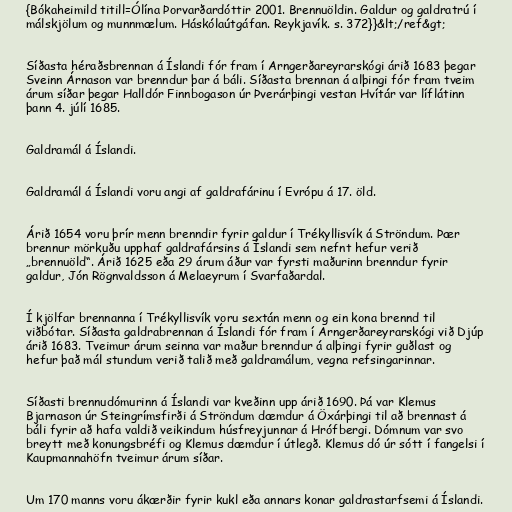
{Bókaheimild titill=Ólína Þorvarðardóttir 2001. Brennuöldin. Galdur og galdratrú í
málskjölum og munnmælum. Háskólaútgáfan. Reykjavík. s. 372}}&lt;/ref&gt;

Síðasta héraðsbrennan á Íslandi fór fram í Arngerðareyrarskógi árið 1683 þegar
Sveinn Árnason var brenndur þar á báli. Síðasta brennan á alþingi fór fram tveim
árum síðar þegar Halldór Finnbogason úr Þverárþingi vestan Hvítár var líflátinn
þann 4. júlí 1685.

Galdramál á Íslandi.

Galdramál á Íslandi voru angi af galdrafárinu í Evrópu á 17. öld.

Árið 1654 voru þrír menn brenndir fyrir galdur í Trékyllisvík á Ströndum. Þær
brennur mörkuðu upphaf galdrafársins á Íslandi sem nefnt hefur verið
„brennuöld“. Árið 1625 eða 29 árum áður var fyrsti maðurinn brenndur fyrir
galdur, Jón Rögnvaldsson á Melaeyrum í Svarfaðardal.

Í kjölfar brennanna í Trékyllisvík voru sextán menn og ein kona brennd til
viðbótar. Síðasta galdrabrennan á Íslandi fór fram í Arngerðareyrarskógi við Djúp
árið 1683. Tveimur árum seinna var maður brenndur á alþingi fyrir guðlast og
hefur það mál stundum verið talið með galdramálum, vegna refsingarinnar.

Síðasti brennudómurinn á Íslandi var kveðinn upp árið 1690. Þá var Klemus
Bjarnason úr Steingrímsfirði á Ströndum dæmdur á Öxárþingi til að brennast á
báli fyrir að hafa valdið veikindum húsfreyjunnar á Hrófbergi. Dómnum var svo
breytt með konungsbréfi og Klemus dæmdur í útlegð. Klemus dó úr sótt í fangelsi í
Kaupmannahöfn tveimur árum síðar.

Um 170 manns voru ákærðir fyrir kukl eða annars konar galdrastarfsemi á Íslandi.